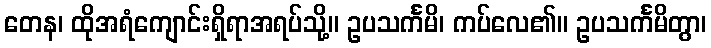
တေန၊ ထိုအရံကျောင်းရှိရာအရပ်သို့။ ဥပသင်္ကမိ၊ ကပ်လေ၏။ ဥပသင်္ကမိတွာ၊